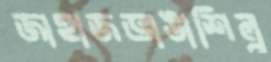
জাহাজভাঙাশিল্প